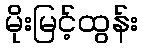
မိုးမြင့်ထွန်း